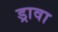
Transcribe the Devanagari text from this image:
ड्रावा